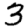
Digit: 3